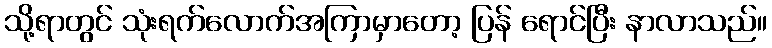
သို့ရာတွင် သုံးရက်လောက်အကြာမှာတော့ ပြန် ရောင်ပြီး နာလာသည်။